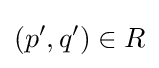
(p',q')\in R